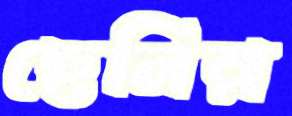
ছেনির